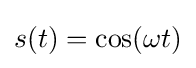
s(t)=\cos(\omega t)